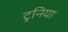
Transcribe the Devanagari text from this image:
टुनिया